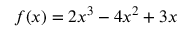
f ( x ) = 2 x ^ { 3 } - 4 x ^ { 2 } + 3 x